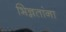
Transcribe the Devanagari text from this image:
भिन्नतांना